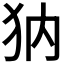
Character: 𤜽